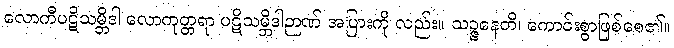
လောကီပဋိသမ္ဘိဒါ လောကုတ္တရာ ပဋိသမ္ဘိဒါဉာဏ် အပြားကို လည်း။ သဉ္ဇနေတိ၊ ကောင်းစွာဖြစ်စေ၏။